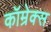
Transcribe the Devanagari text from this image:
कॉम्रेक्स